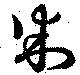
判